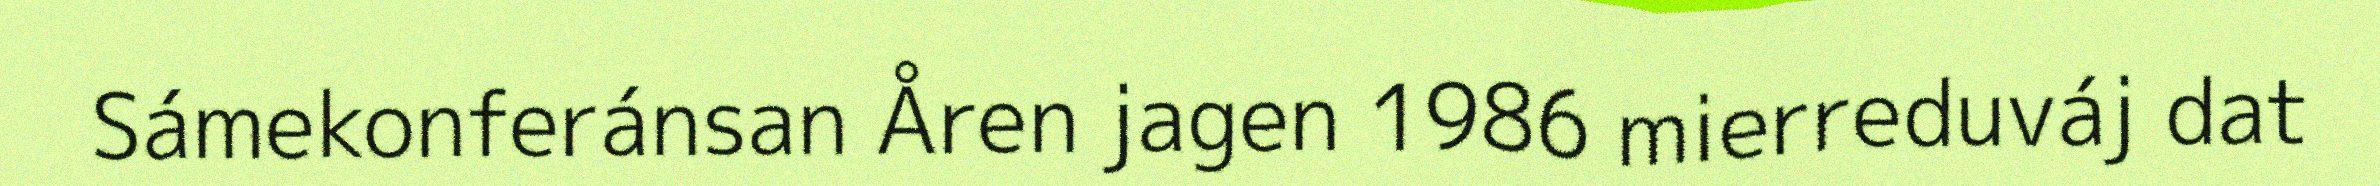
Sámekonferánsan Åren jagen 1986 mierreduváj dat